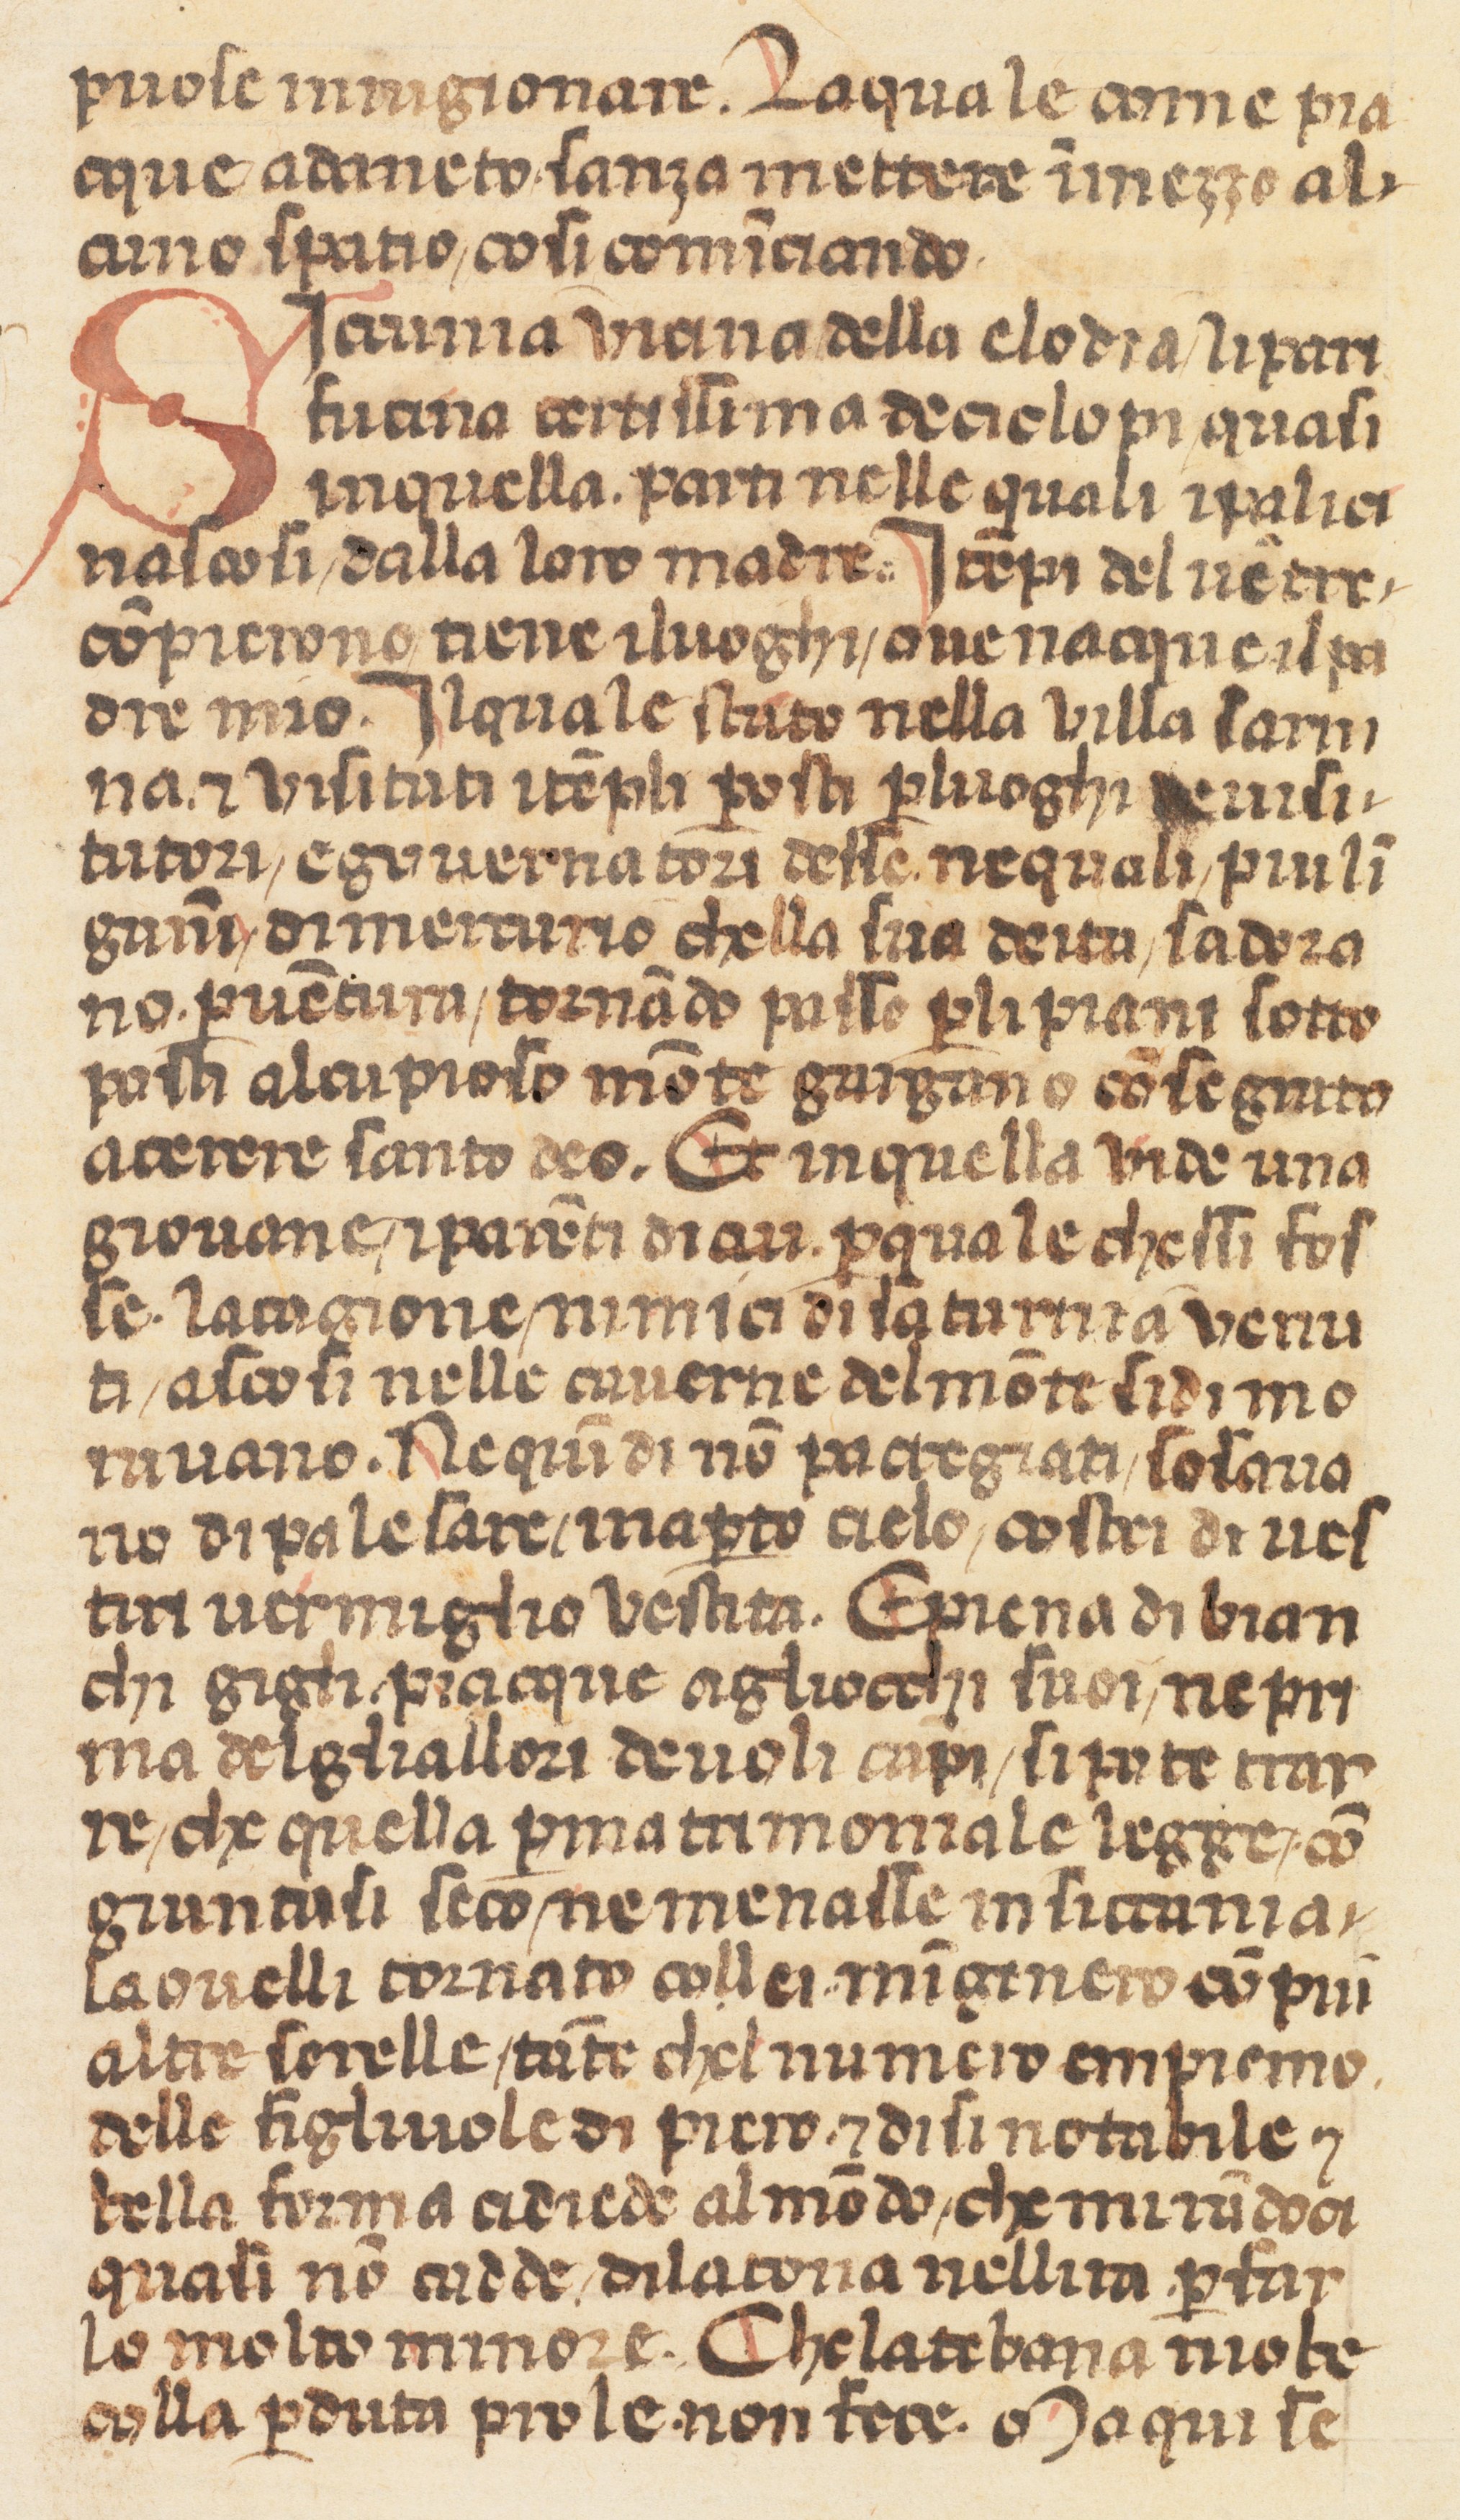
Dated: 1360–1370